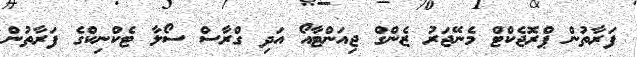
ފަރާތުން ޕްރޮޖެކްޓް މެނޭޖަރު ޒެންގް ޖިއަންޓާއޯ އަދި ގްރާސް ސޯލާ ޓެކްނިކްގެ ފަރާތުން